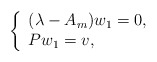
\begin{align*} \left\{ \begin{array}{ll} (\lambda-A_m)w_1=0, & \hbox{ } \\ Pw_1=v, & \hbox{ } \end{array} \right.\end{align*}